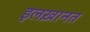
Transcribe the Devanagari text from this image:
इलख़ानत